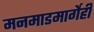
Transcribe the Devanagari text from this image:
मनमाडमार्गेही